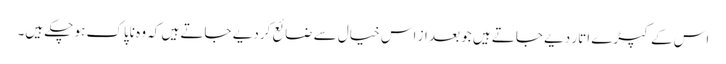
اس کے کپڑے اتار دیے جاتے ہیں جو بعد از اس خیال سے ضائع کردیے جاتے ہیں کہ وہ ناپاک ہو چکے ہیں۔